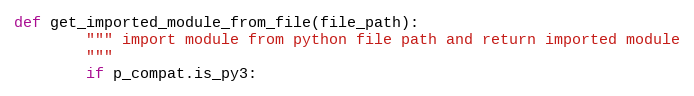
Language: Python
def get_imported_module_from_file(file_path):
        """ import module from python file path and return imported module
        """
        if p_compat.is_py3: